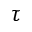
\tau